Report on the lunatic asylums under the Government of Bombay - 1904-1913
Year: 1904
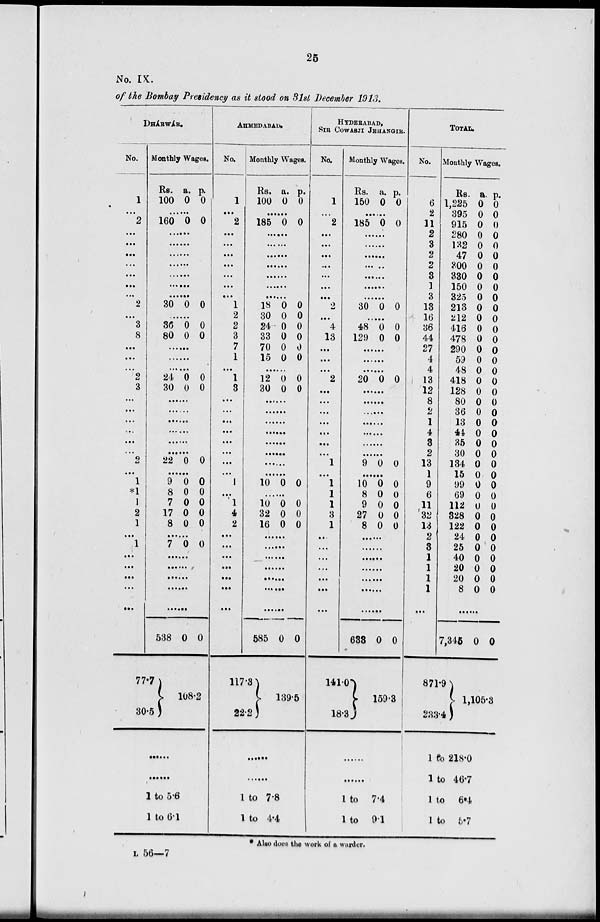
25
No. IX.
of the Bombay Presidency as it stood on 31st December 1913.
DHÁRWÁR.
No.
1
...
2
...
...
...
...
...
...
...
2
...
3
8
...
...
...
2
3
...
...
...
...
...
...
2
...
1
*1
1
2
1
...
1
...
...
...
...
...
Monthly Wages.
Rs.
100
a.
0
p.
0
......
160 0 0
......
......
......
......
......
......
......
30 0 0
......
36
80
0
0
0
0
......
......
......
24
30
0
0
0
0
......
......
......
......
......
......
22 0 0
......
9
8
7
17
8
0
0
0
0
0
0
0
0
0
0
......
7 0 0
......
......
......
......
......
538
77.7
30.5
0 0
108.2
......
......
1 to 5.6
1 to 6.1
AHMEDABAD.
No.
1
...
2
...
...
...
...
...
...
...
1
2
2
3
7
1
...
1
3
...
...
...
...
...
...
...
...
1
...
1
4
2
...
...
...
...
...
...
...
Monthly Wages.
Rs.
100
a.
0
p.
0
......
185 0 0
......
......
......
......
......
......
......
18
30
24
33
70
15
0
0
0
0
0
0
0
0
0
0
0
0
......
12
30
0
0
0
0
......
......
......
......
......
......
......
......
10 0 0
......
10
32
16
0
0
0
0
0
0
......
......
......
......
......
......
......
585
117.3
22.2
0 0
139.5
......
......
1 to 7.8
1 to 4.4
HYDERABAD,
SIR COWASJI JEHANGIR.
No.
1
...
2
...
...
...
...
...
...
...
2
...
4
13
...
...
...
2
...
...
...
...
...
...
...
1
...
1
1
1
3
1
...
...
...
...
...
...
...
Monthly Wages.
Rs.
150
a.
0
p.
0
......
185 0 0
......
......
......
......
......
......
......
30 0 0
......
48
129
0
0
0
0
......
......
......
20 0 0
......
......
......
......
......
......
......
9 0 0
......
10
8
9
27
8
0
0
0
0
0
0
0
0
0
0
......
......
......
......
......
......
......
633
141.0
18.3
0 0
159.3
......
......
1 to 7.4
1 to 9.1
TOTAL.
No.
6
2
11
2
3
2
2
3
1
3
13
16
36
44
27
4
4
13
12
8
2
1
4
3
2
13
1
9
6
11
32
13
2
3
1
1
1
1
...
Monthly Wages.
Rs.
1,225
395
915
280
132
47
300
330
150
325
213
212
416
478
290
59
48
418
128
80
36
13
44
35
30
134
15
99
69
112
328
122
24
25
40
20
20
8
a.
0
0
0
0
0
0
0
0
0
0
0
0
0
0
0
0
0
0
0
0
0
0
0
0
0
0
0
0
0
0
0
0
0
0
0
0
0
0
p.
0
0
0
0
0
0
0
0
0
0
0
0
0
0
0
0
0
0
0
0
0
0
0
0
0
0
0
0
0
0
0
0
0
0
0
0
0
0
......
7,346
871.9
233.4
0 0
1,105.3
1 to 218.0
1 to 46.7
1 to 6.4
1 to 5.7
* Also does the work of a warder.
L 56—7